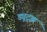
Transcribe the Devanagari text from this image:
ड्यूट्झ